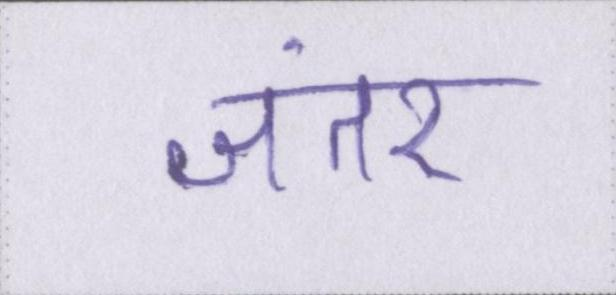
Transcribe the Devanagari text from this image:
जंतर